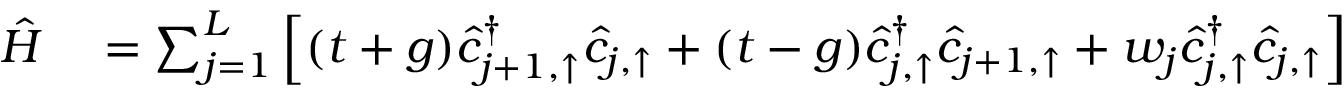
\begin{array} { r l } { \hat { H } } & { { } = \sum _ { j = 1 } ^ { L } \left[ ( t + g ) \hat { c } _ { j + 1 , \uparrow } ^ { \dagger } \hat { c } _ { j , \uparrow } + ( t - g ) \hat { c } _ { j , \uparrow } ^ { \dagger } \hat { c } _ { j + 1 , \uparrow } + w _ { j } \hat { c } _ { j , \uparrow } ^ { \dagger } \hat { c } _ { j , \uparrow } \right] } \end{array}